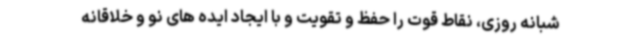
شبانه روزی، نقاط قوت را حفظ و تقویت و با ایجاد ایده های نو و خلاقانه